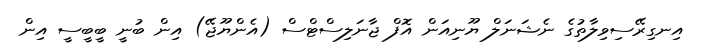
އިނގިރޭސިވިލާތުގެ ނެޝަނަލް ޔޫނިއަން އޮފް ޖާނަލިސްޓްސް (އެންޔޫޖޭ) އިން ބުނީ ބީބީސީ އިން